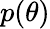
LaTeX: p(\theta)